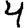
Digit: 4